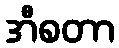
အီစတာ